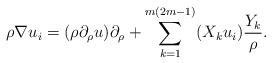
LaTeX: \begin{align*} \rho\nabla u_i = (\rho \partial_\rho u) \partial_\rho + \sum_{k=1}^{m(2m-1)}(X_k u_i) \frac{Y_k}{\rho}.\end{align*}